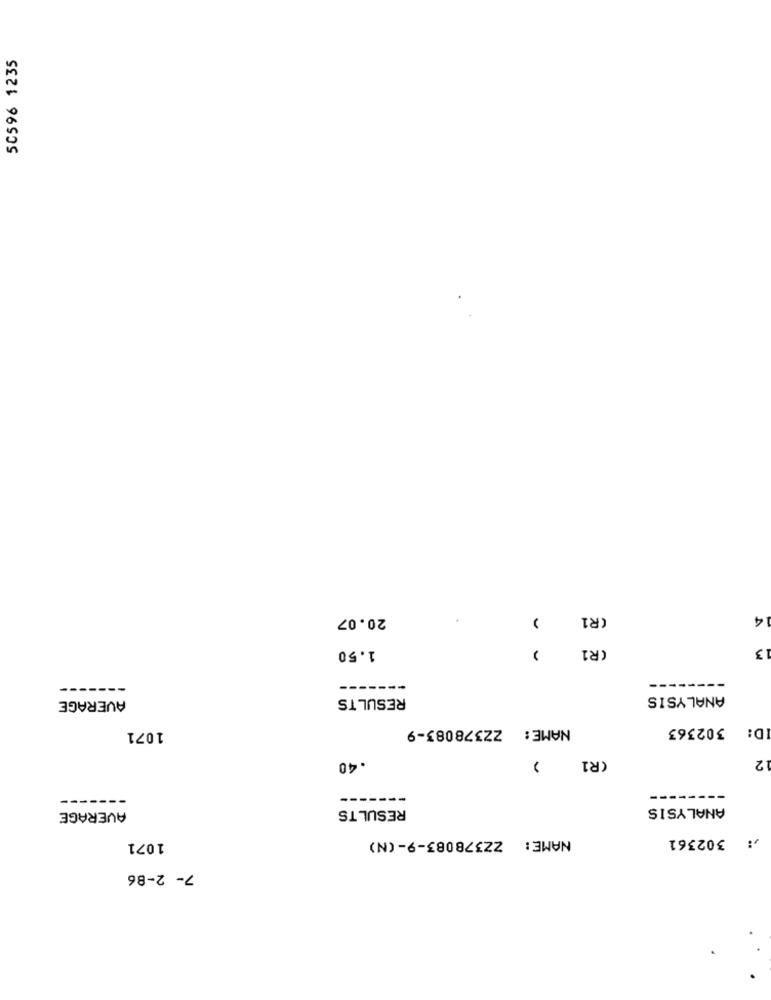
50596 1235
20.07
CR1
14
1.50
CR1
13
---
-------
-------
AVERAGE
RESULTS
ANALYSIS
NAME: ZZ378083-9
ID: 302363
1071
12
.40
(R1
-----
---.
---
RESULTS
ANALYSIS
AVERAGE
: 302361
1071
NAME: ZZ378083-9-(N)
7- 2-86